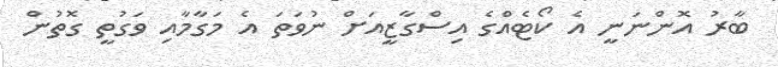
ބާރު އޮންނަނީ އެ ކޯޓެއްގެ އިސްގާޒީއަށް ނުވަތަ އެ މަގާމާއި ވަގުތީ ގޮތުން